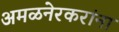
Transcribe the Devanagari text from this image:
अमळनेरकरांना